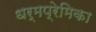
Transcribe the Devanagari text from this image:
धर्मप्रेमिका